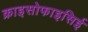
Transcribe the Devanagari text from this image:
क्राइसोफाइसिई